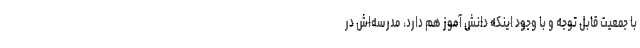
با جمعیت قابل توجه و با وجود اینکه دانش آموز هم دارد، مدرسه‌اش در